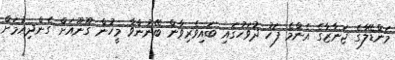
މަންޑޭލާގެ ޖަނާޒާގެ އެންމެ ފަހު ދުވަހުގައި ބައިވެރިވާން ބޭނުންވާ މީހުން ގޫނޫއަށް ގެންދިއުމަށް